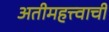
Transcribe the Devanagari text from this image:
अतीमहत्त्वाची